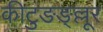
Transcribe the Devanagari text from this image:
कीटुङङ्ल्लूर